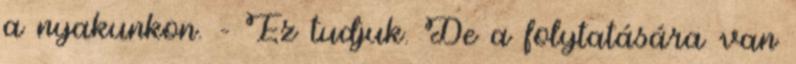
a nyakunkon. – Ez tudjuk. De a folytatására van